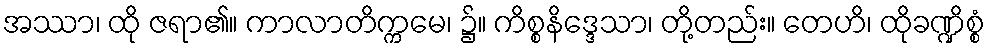
အဿာ၊ ထို ဇရာ၏။ ကာလာတိက္ကမေ၊ ၌။ ကိစ္စနိဒ္ဒေသာ၊ တို့တည်း။ တေဟိ၊ ထိုခဏ္ဍိစ္စံ